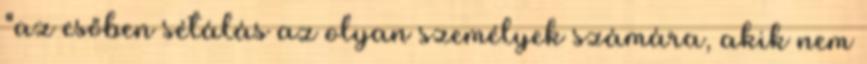
"az esőben sétálás az olyan személyek számára, akik nem